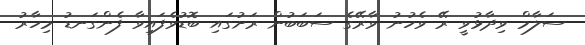
ސަލާމް ވިދާޅުވީ ރޭ ވެހުނު ވާރޭގެ ސަބަބުން ރަށުގައި ބޮޑުވެފައިވާ ފެންގަނޑު މިހާރު